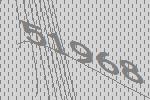
51968